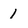
Character: 1